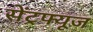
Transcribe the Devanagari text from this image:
सेंट्रफ्यूज